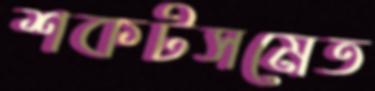
শকটসমেত